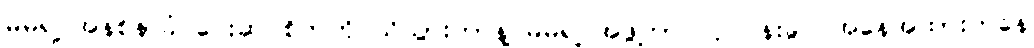
မိမိရဲ့ အနစ်နာခံ ပေးဆပ်စိတ်ကို သိသွားတာနဲ့ မိမိရဲ့ အဖွဲ့ဟာ လုပ်ငန်းခွင် အနေအထားကနေ